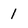
Character: 1